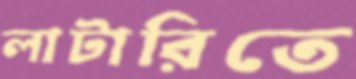
লাটারিতে